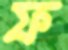
ফ